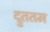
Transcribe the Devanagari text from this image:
द्रुततम